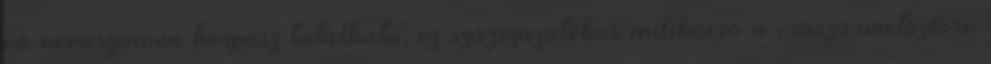
nő nemiszervén herpesz található, ez százszázalékos indikáció a császármetszésre